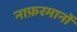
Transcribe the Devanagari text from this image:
नाफ़रमानों